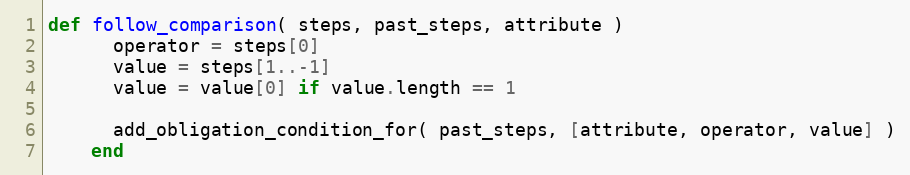
Language: Ruby
def follow_comparison( steps, past_steps, attribute )
      operator = steps[0]
      value = steps[1..-1]
      value = value[0] if value.length == 1

      add_obligation_condition_for( past_steps, [attribute, operator, value] )
    end